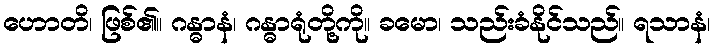
ဟောတိ၊ ဖြစ်၏။ ဂန္ဓာနံ၊ ဂန္ဓာရုံတို့ကို။ ခမော၊ သည်းခံနိုင်သည်။ ရသာနံ၊